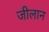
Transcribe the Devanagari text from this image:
जीलान